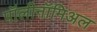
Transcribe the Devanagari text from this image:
पॉलीनॉमिअल